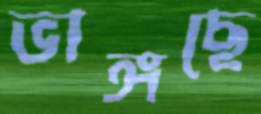
ভাঙ্গছে